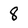
Character: 8